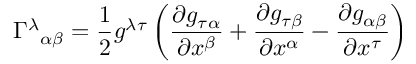
\Gamma ^ { \lambda } { } _ { \alpha \beta } = { \frac { 1 } { 2 } } g ^ { \lambda \tau } \left( { \frac { \partial g _ { \tau \alpha } } { \partial x ^ { \beta } } } + { \frac { \partial g _ { \tau \beta } } { \partial x ^ { \alpha } } } - { \frac { \partial g _ { \alpha \beta } } { \partial x ^ { \tau } } } \right)